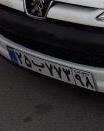
۲۵ب۷۷۳۹۸